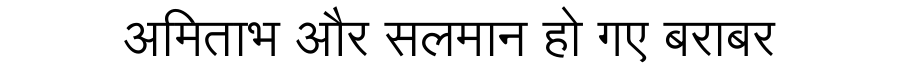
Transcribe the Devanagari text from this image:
अमिताभ और सलमान हो गए बराबर